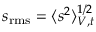
s _ { \mathrm { r m s } } = \langle s ^ { 2 } \rangle _ { V , t } ^ { 1 / 2 }